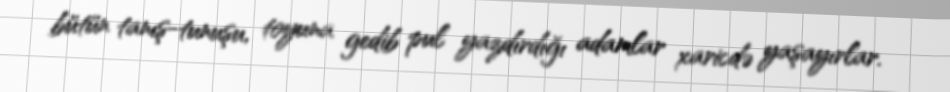
bütün tanış-tunuşu, toyuna gedib pul yazdırdığı adamlar xaricdə yaşayırlar.